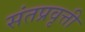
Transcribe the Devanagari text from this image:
संतप्रवृत्ती